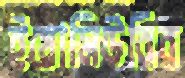
ইয়োমিউরির